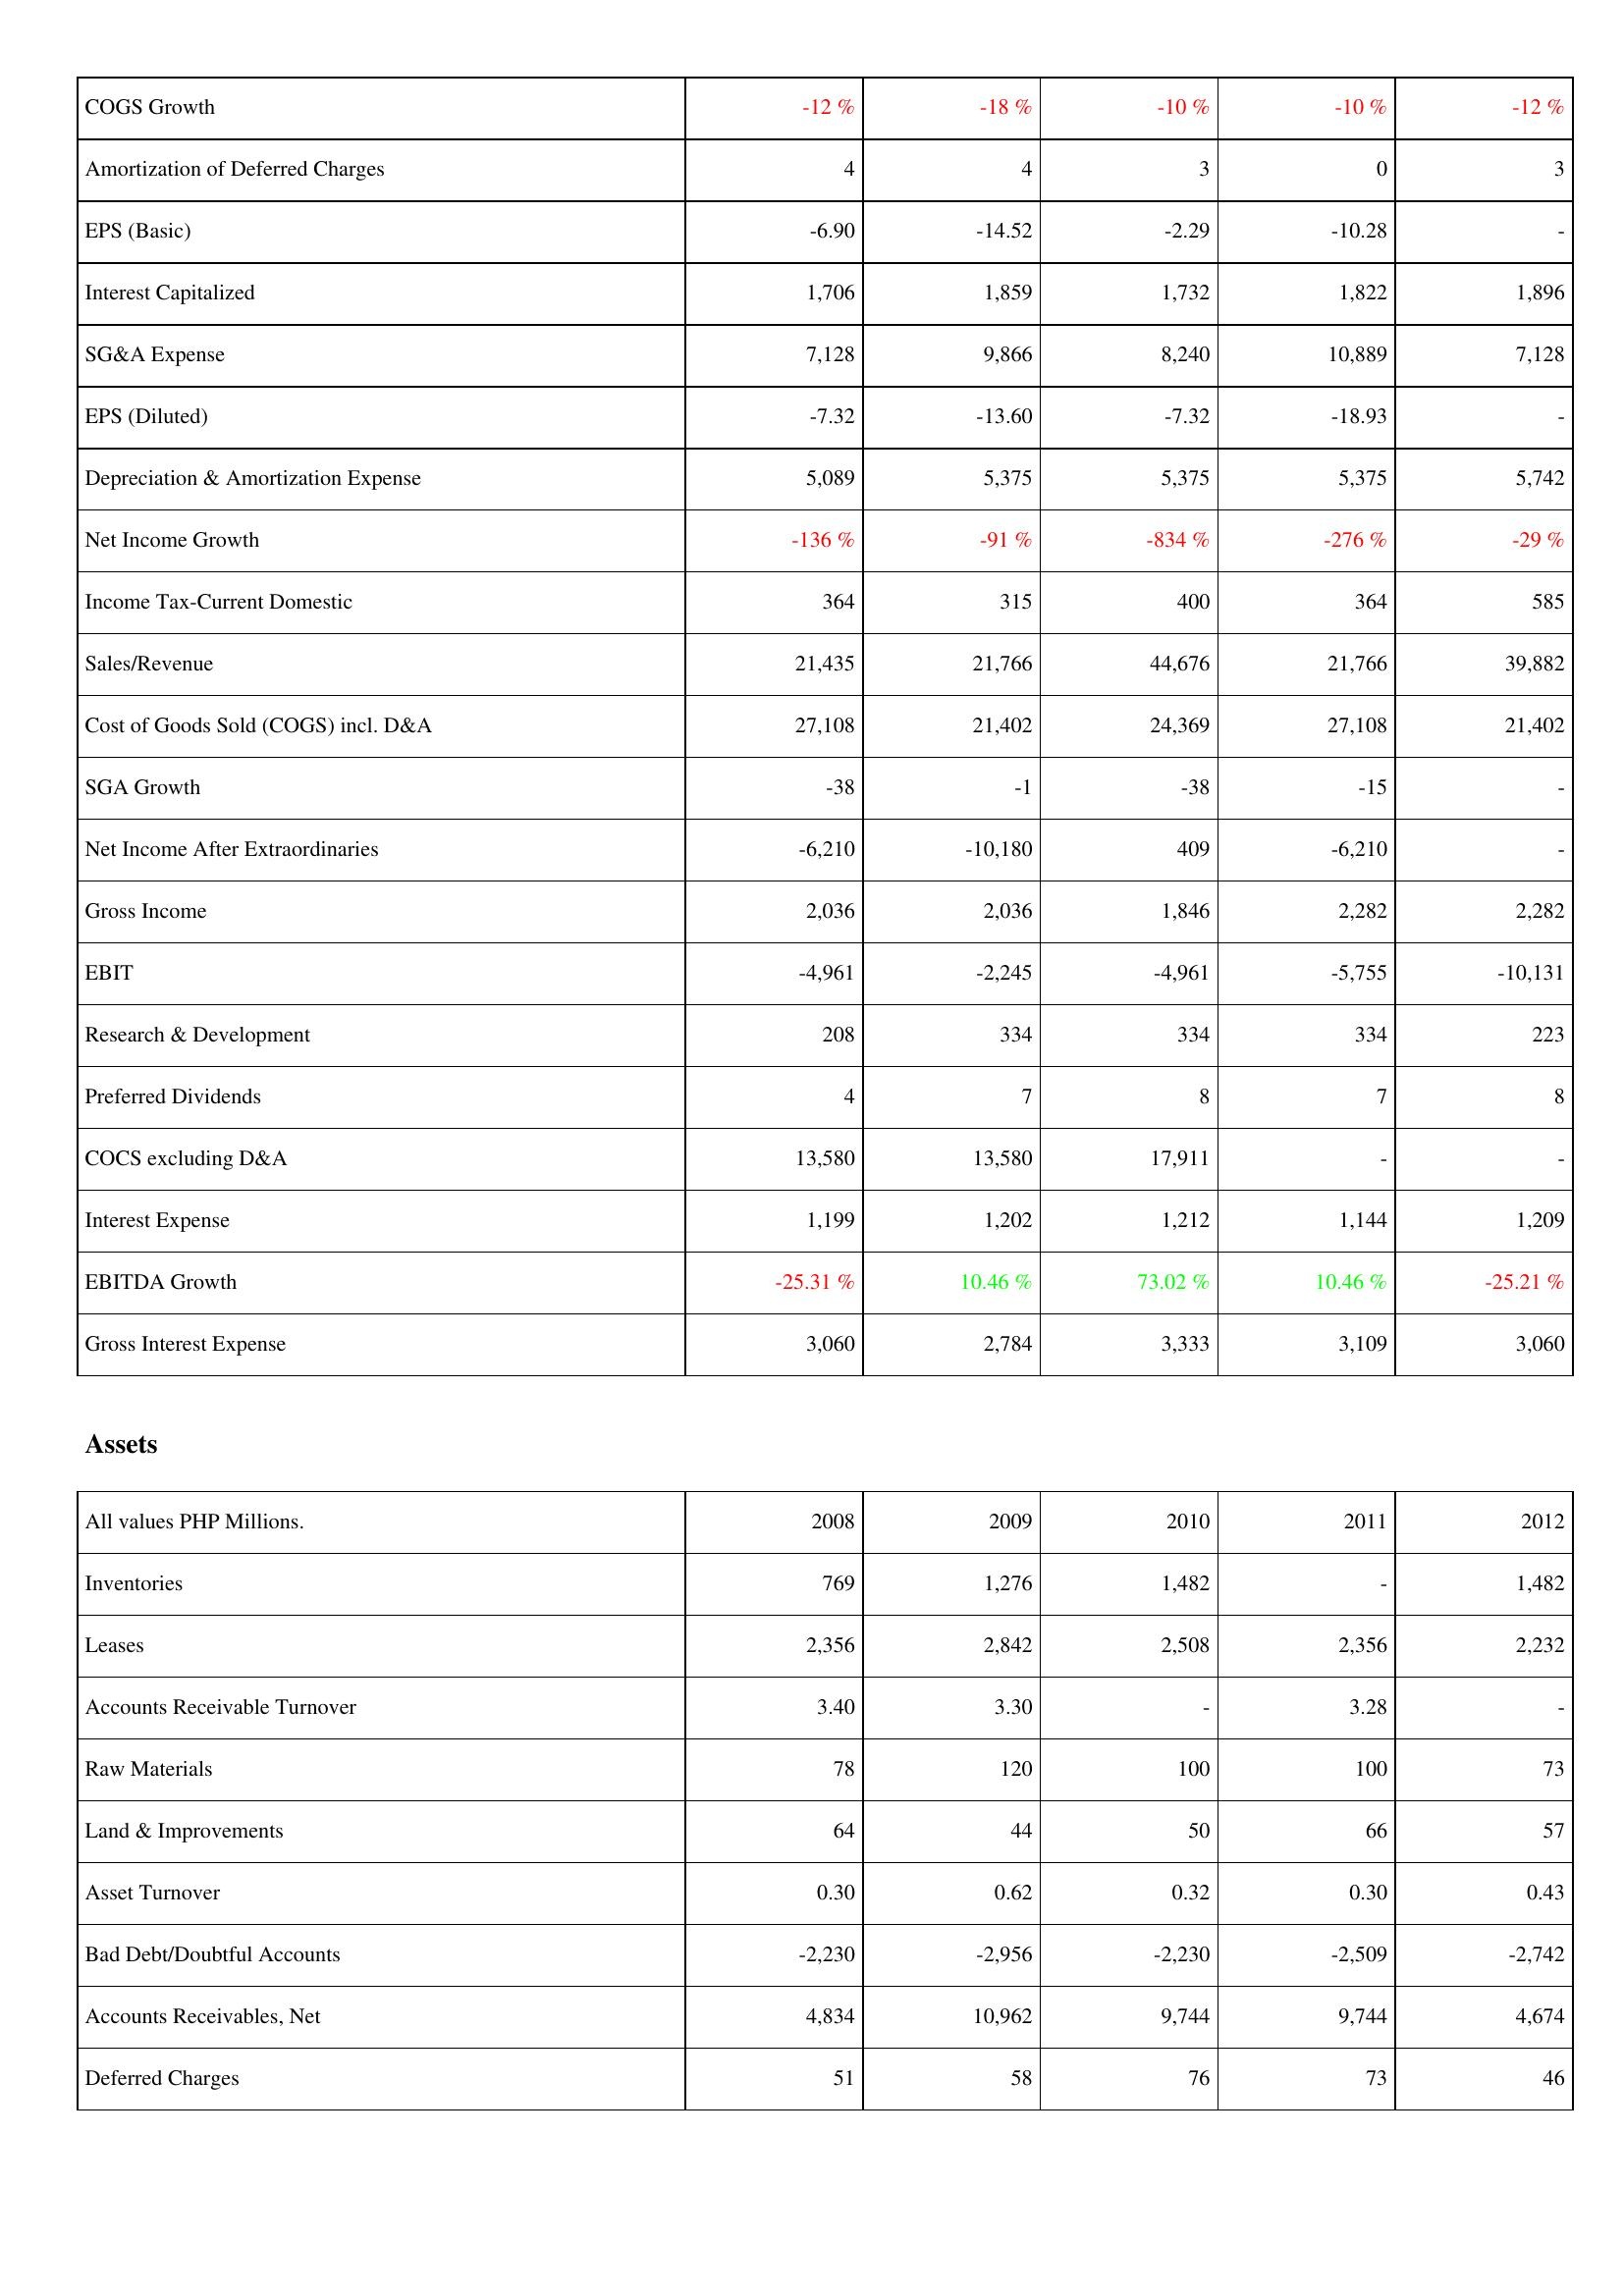
2008: Income Statement: COGS Growth: -12 %
Amortization of Deferred Charges: 4
EPS (Basic): -6.90
Interest Capitalized: 1,706
SG&A Expense: 7,128
EPS (Diluted): -7.32
Depreciation & Amortization Expense: 5,089
Net Income Growth: -136 %
Income Tax-Current Domestic: 364
Sales/Revenue: 21,435
Cost of Goods Sold (COGS) incl. D&A: 27,108
SGA Growth: -38
Net Income After Extraordinaries: -6,210
Gross Income: 2,036
EBIT: -4,961
Research & Development: 208
Preferred Dividends: 4
COCS excluding D&A: 13,580
Interest Expense: 1,199
EBITDA Growth: -25.31 %
Gross Interest Expense: 3,060
Assets: Inventories: 769
Leases: 2,356
Accounts Receivable Turnover: 3.40
Raw Materials: 78
Land & Improvements: 64
Asset Turnover: 0.30
Bad Debt/Doubtful Accounts: -2,230
Accounts Receivables, Net: 4,834
Deferred Charges: 51
2009: Income Statement: COGS Growth: -18 %
Amortization of Deferred Charges: 4
EPS (Basic): -14.52
Interest Capitalized: 1,859
SG&A Expense: 9,866
EPS (Diluted): -13.60
Depreciation & Amortization Expense: 5,375
Net Income Growth: -91 %
Income Tax-Current Domestic: 315
Sales/Revenue: 21,766
Cost of Goods Sold (COGS) incl. D&A: 21,402
SGA Growth: -1
Net Income After Extraordinaries: -10,180
Gross Income: 2,036
EBIT: -2,245
Research & Development: 334
Preferred Dividends: 7
COCS excluding D&A: 13,580
Interest Expense: 1,202
EBITDA Growth: 10.46 %
Gross Interest Expense: 2,784
Assets: Inventories: 1,276
Leases: 2,842
Accounts Receivable Turnover: 3.30
Raw Materials: 120
Land & Improvements: 44
Asset Turnover: 0.62
Bad Debt/Doubtful Accounts: -2,956
Accounts Receivables, Net: 10,962
Deferred Charges: 58
2010: Income Statement: COGS Growth: -10 %
Amortization of Deferred Charges: 3
EPS (Basic): -2.29
Interest Capitalized: 1,732
SG&A Expense: 8,240
EPS (Diluted): -7.32
Depreciation & Amortization Expense: 5,375
Net Income Growth: -834 %
Income Tax-Current Domestic: 400
Sales/Revenue: 44,676
Cost of Goods Sold (COGS) incl. D&A: 24,369
SGA Growth: -38
Net Income After Extraordinaries: 409
Gross Income: 1,846
EBIT: -4,961
Research & Development: 334
Preferred Dividends: 8
COCS excluding D&A: 17,911
Interest Expense: 1,212
EBITDA Growth: 73.02 %
Gross Interest Expense: 3,333
Assets: Inventories: 1,482
Leases: 2,508
Accounts Receivable Turnover: -
Raw Materials: 100
Land & Improvements: 50
Asset Turnover: 0.32
Bad Debt/Doubtful Accounts: -2,230
Accounts Receivables, Net: 9,744
Deferred Charges: 76
2011: Income Statement: COGS Growth: -10 %
Amortization of Deferred Charges: 0
EPS (Basic): -10.28
Interest Capitalized: 1,822
SG&A Expense: 10,889
EPS (Diluted): -18.93
Depreciation & Amortization Expense: 5,375
Net Income Growth: -276 %
Income Tax-Current Domestic: 364
Sales/Revenue: 21,766
Cost of Goods Sold (COGS) incl. D&A: 27,108
SGA Growth: -15
Net Income After Extraordinaries: -6,210
Gross Income: 2,282
EBIT: -5,755
Research & Development: 334
Preferred Dividends: 7
COCS excluding D&A: -
Interest Expense: 1,144
EBITDA Growth: 10.46 %
Gross Interest Expense: 3,109
Assets: Inventories: -
Leases: 2,356
Accounts Receivable Turnover: 3.28
Raw Materials: 100
Land & Improvements: 66
Asset Turnover: 0.30
Bad Debt/Doubtful Accounts: -2,509
Accounts Receivables, Net: 9,744
Deferred Charges: 73
2012: Income Statement: COGS Growth: -12 %
Amortization of Deferred Charges: 3
EPS (Basic): -
Interest Capitalized: 1,896
SG&A Expense: 7,128
EPS (Diluted): -
Depreciation & Amortization Expense: 5,742
Net Income Growth: -29 %
Income Tax-Current Domestic: 585
Sales/Revenue: 39,882
Cost of Goods Sold (COGS) incl. D&A: 21,402
SGA Growth: -
Net Income After Extraordinaries: -
Gross Income: 2,282
EBIT: -10,131
Research & Development: 223
Preferred Dividends: 8
COCS excluding D&A: -
Interest Expense: 1,209
EBITDA Growth: -25.21 %
Gross Interest Expense: 3,060
Assets: Inventories: 1,482
Leases: 2,232
Accounts Receivable Turnover: -
Raw Materials: 73
Land & Improvements: 57
Asset Turnover: 0.43
Bad Debt/Doubtful Accounts: -2,742
Accounts Receivables, Net: 4,674
Deferred Charges: 46